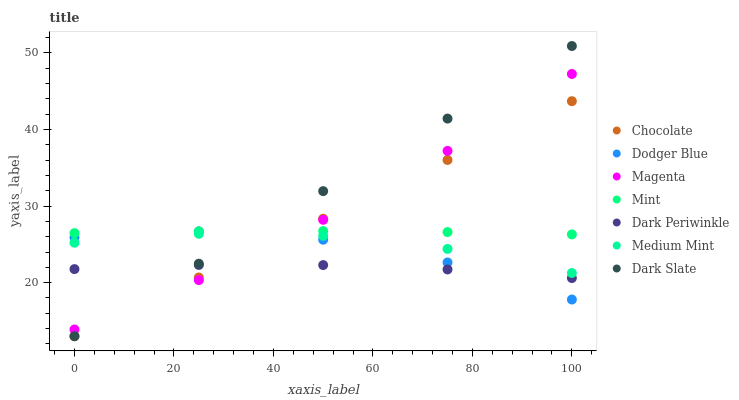
| xaxis_label | Chocolate | Dodger Blue | Magenta | Mint | Dark Periwinkle | Medium Mint | Dark Slate |
 | --- | --- | --- | --- | --- | --- | --- | --- |
 | 0 | 13 | 25.9 | 13.9 | 26.5 | 21.8 | 25.2 | 13 |
 | 25 | 20.7 | 26.7 | 20.3 | 26.7 | 22.3 | 26.4 | 22.5 |
 | 50 | 28.3 | 25.6 | 28.2 | 26.7 | 22.3 | 26.1 | 32 |
 | 75 | 36 | 22.6 | 37.2 | 26.6 | 21.7 | 24.4 | 41.4 |
 | 100 | 43.7 | 17.8 | 47.3 | 26.3 | 20.6 | 21.3 | 50.9 |